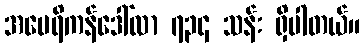
အမေရိကန်ဒေါ်လာ ၇၃၄ သန်း ရှိပါတယ်။